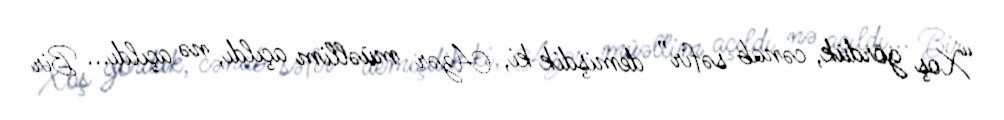
“Xoş gördük, cənab səfir” demişdik ki, Azər müəllim açıldı, nə açıldı... Bir